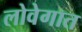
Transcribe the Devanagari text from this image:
लोवेगात